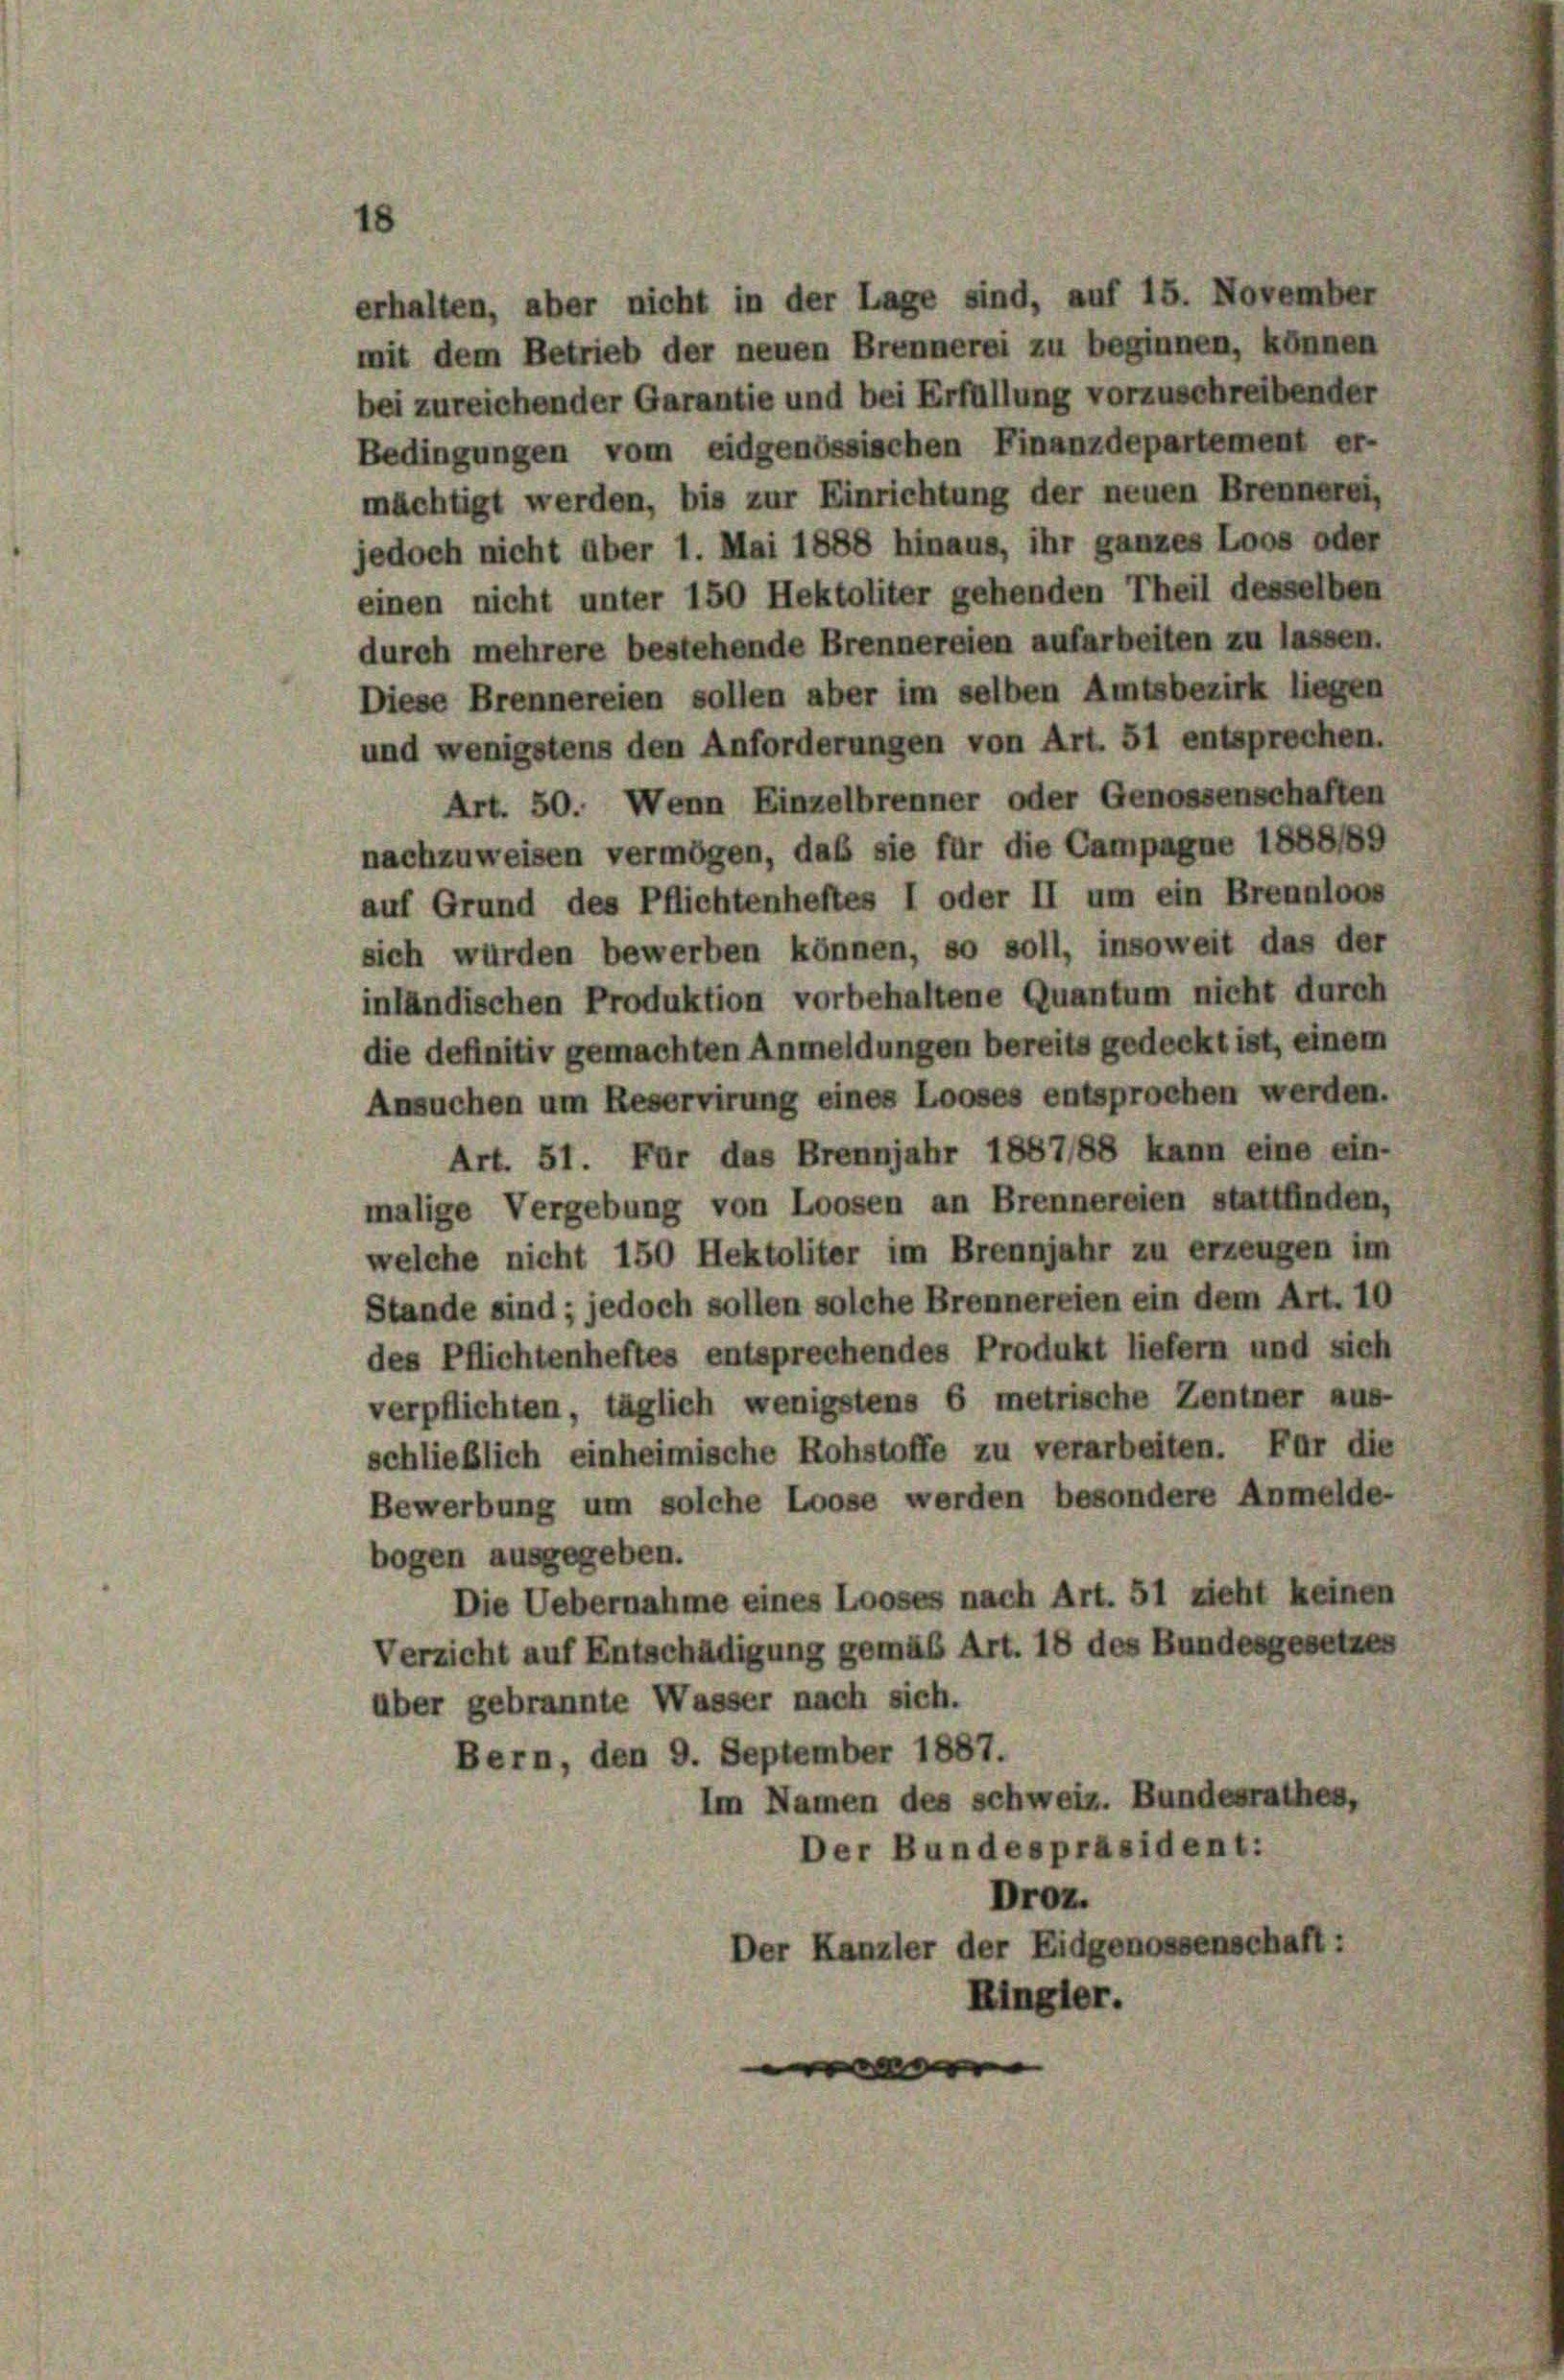
1

erhalten, aber nicht in der Lage sind, auf 15. November
mit dem Betrieb der neuen Brennerei zu beginnen, können
bei zureichender Garantie und bei Erfüllung vorzuschreibender
Bedingungen vom eidgenössischen Finanzdepartement er-
mächtigt werden, bis zur Einrichtung der neuen Brennerei,
jedoch nicht über 1. Mai 1888 hinaus, ihr ganzes Loos oder
einen nicht unter 150 Hektoliter gehenden Theil desselben
durch mehrere bestehende Brennereien aufarbeiten zu lassen.
Diese Brennereien sollen aber im selben Amtsbezirk liegen
und wenigstens den Anforderungen von Art. 51 entsprechen.
Art. 50. Wenn Einzelbrenner oder Genossenschaften
nachzuweisen vermögen, daß sie für die Campagne 1888189
auf Grund des Pflichtenheftes I oder II um ein Brennloos
sich wurden bewerben können, so soll, insoweit das der
inländischen Produktion vorbehaltene Quantum nicht durch
die definitiv gemachten Anmeldungen bereits gedeckt ist, einem
Ansuchen um Reservirung eines Looses entsprochen werden.
Art. 51. Für das Brennjahr 1887/88 kann eine ein-
malige Vergebung von Loosen an Brennereien stattfinden,
welche nicht 150 Hektoliter im Brennjahr zu erzeugen im
Stande sind ; jedoch sollen solche Brennereien ein dem Art. 10
des Pflichtenheftes entsprechendes Produkt liefern und sich
verpflichten, täglich wenigstens 6 metrische Zentner aus-
schließlich einheimische Rohstoffe zu verarbeiten. Für die
Bewerbung um solche Loose werden besondere Anmelde-
bogen ausgegeben.
Die Uebernahme eines Looses nach Art. 51 zieht keinen
Verzicht auf Entschädigung gemäß Art. 18 des Bundesgesetzes
über gebrannte Wasser nach sich.
Bern, den 9. September 1887.
Im Namen des schweiz. Bundesrathes,
Der Bundespräsident:
Droz.
Der Kanzler der Eidgenossenschaft:
Ringler.
e